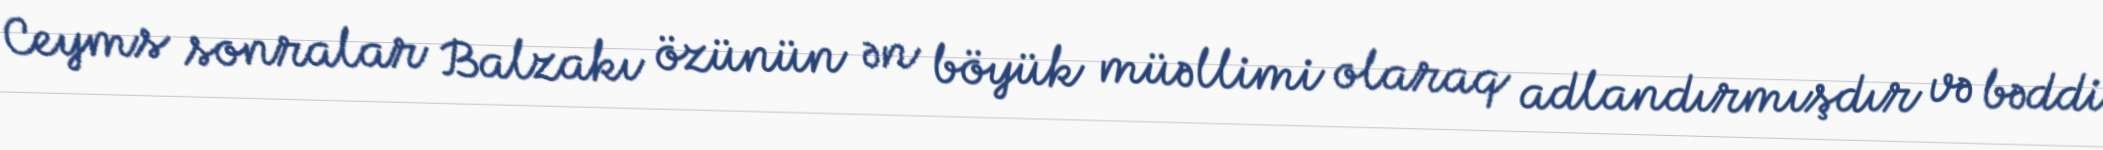
Ceyms sonralar Balzakı özünün ən böyük müəllimi olaraq adlandırmışdır və bəddi